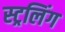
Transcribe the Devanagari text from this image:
स्ट्रलिंग